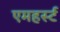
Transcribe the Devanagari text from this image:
एमहर्स्‍ट